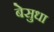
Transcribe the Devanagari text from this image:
बेसुधा